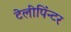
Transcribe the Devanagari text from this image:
टेलीपिंन्टर